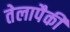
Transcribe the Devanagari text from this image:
तेलापैकी